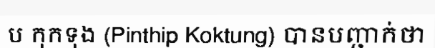
ប កុកទុង (Pinthip Koktung) បានបញ្ជាក់ថា